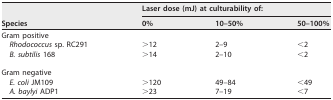
| <ROWSPAN=2> Species | <COLSPAN=3> Laser dose (mJ) at culturability of: |
 | 0% | 10–50% | 50–100% |
 | --- | --- | --- | --- |
 | Gram positive |  |  |  |
 | Rhodococcus sp. RC291 | >12 | 2–9 | <2 |
 | B. subtilis 168 | >14 | 2–10 | <2 |
 | Gram negative |  |  |  |
 | E. coli JM109 | >120 | 49–84 | <49 |
 | A. baylyi ADP1 | >23 | 7–19 | <7 |